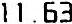
11.63